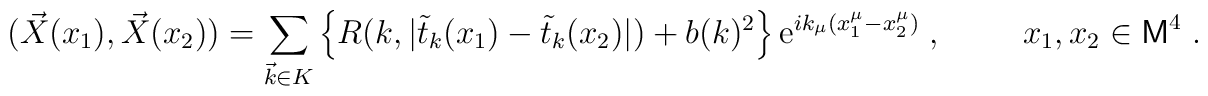
(\vec{X}(x_1), \vec{X}(x_2) )= \sum_{\vec{k} \in K}\left\{ R(k, |\tilde{t}_k(x_1)- \tilde{t}_k(x_2)| ) + b(k)^2 \right\}\mbox{e}^{i k_\mu(x_1^\mu-x_2^\mu)}\;, \hspace{1cm}x_1,x_2 \in {\sf M}^4\;.